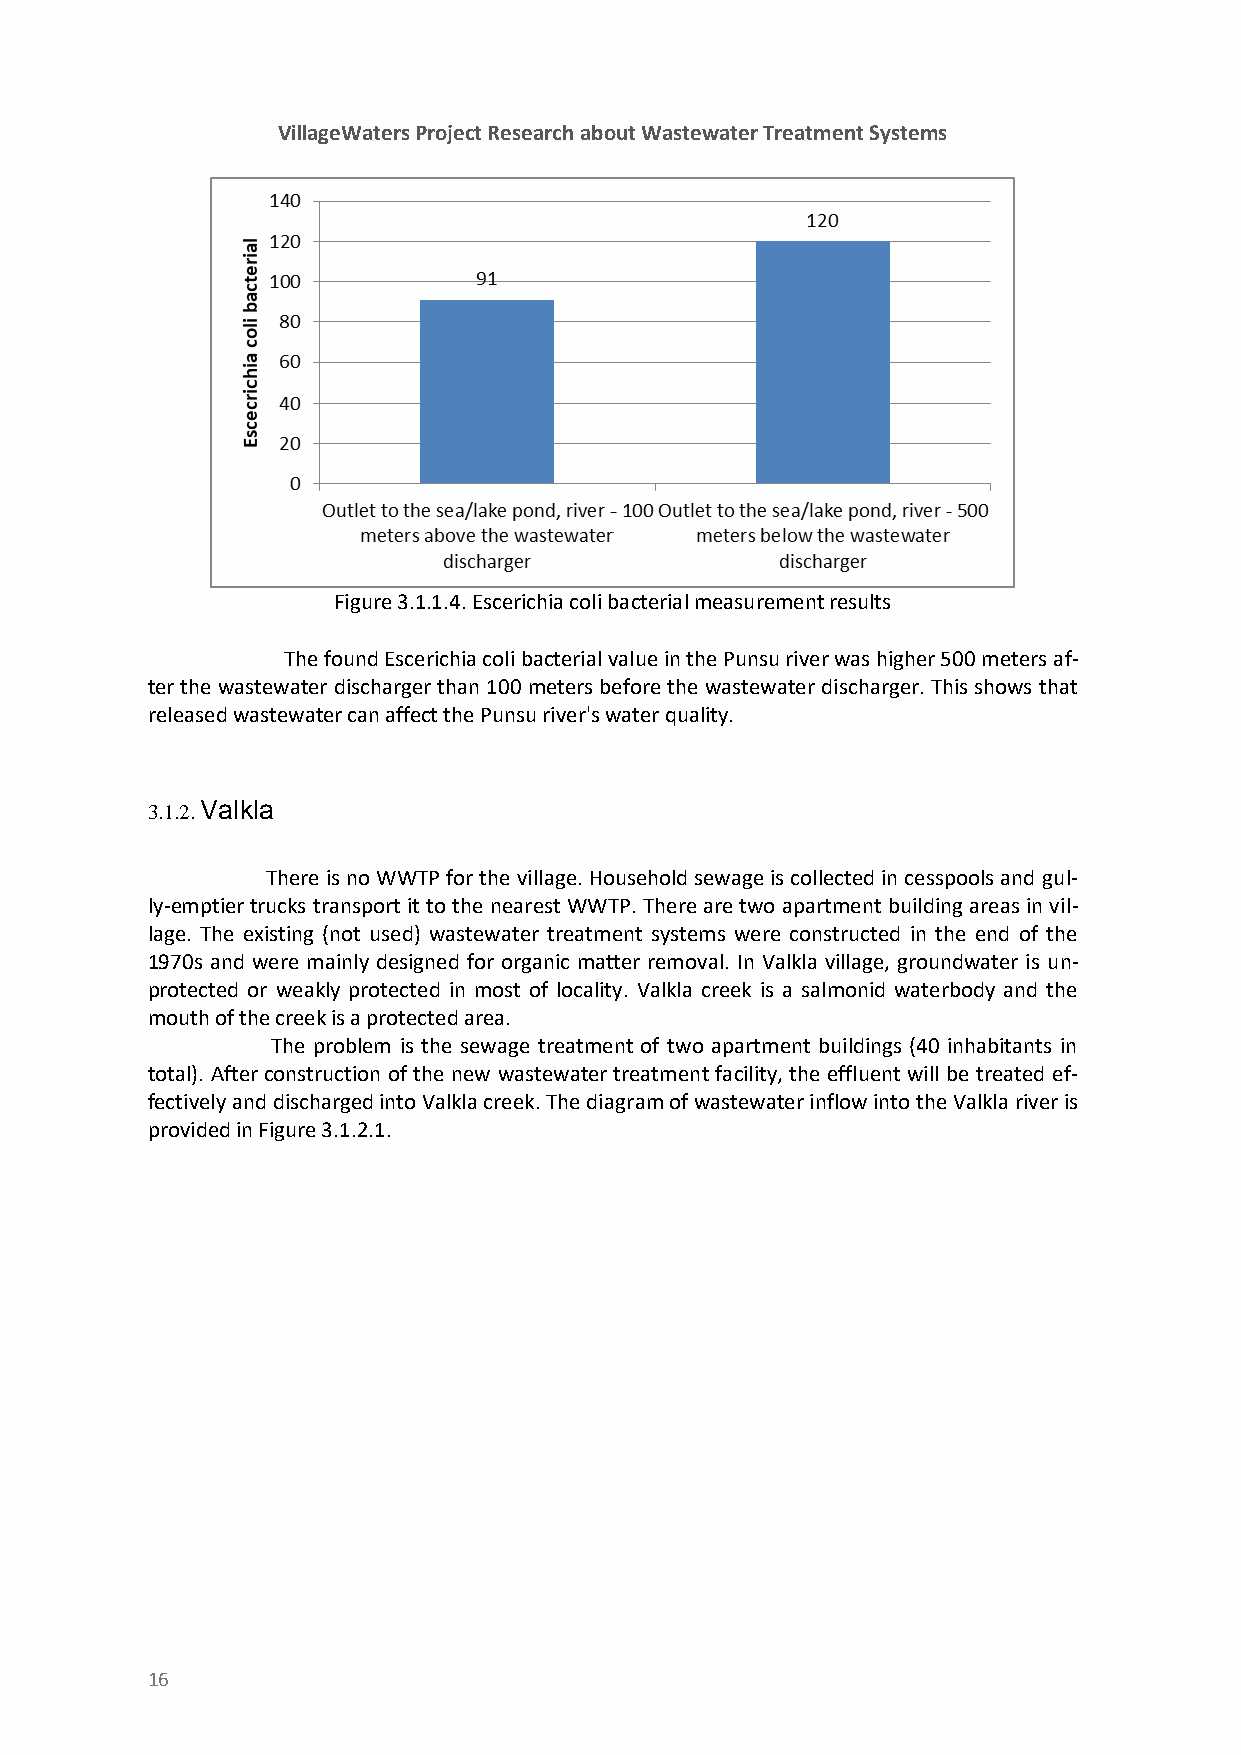
VillageWaters Project Research about Wastewater Treatment Systems
 Figure 3.1.1.4. Escerichia coli bacterial measurement results
 The found Escerichia coli bacterial value in the Punsu river was higher 500 meters af-
 ter the wastewater discharger than 100 meters before the wastewater discharger. This shows that
 released wastewater can affect the Punsu river's water quality.
 3.1.2. Valkla
 There is no WWTP for the village. Household sewage is collected in cesspools and gul-
 ly-emptier trucks transport it to the nearest WWTP. There are two apartment building areas in vil-
 lage. The existing (not used) wastewater treatment systems were constructed in the end of the
 1970s and were mainly designed for organic matter removal. In Valkla village, groundwater is un-
 protected or weakly protected in most of locality. Valkla creek is a salmonid waterbody and the
 mouth of the creek is a protected area.
 The problem is the sewage treatment of two apartment buildings (40 inhabitants in
 total). After construction of the new wastewater treatment facility, the effluent will be treated ef-
 fectively and discharged into Valkla creek. The diagram of wastewater inflow into the Valkla river is
 provided in Figure 3.1.2.1.
 16